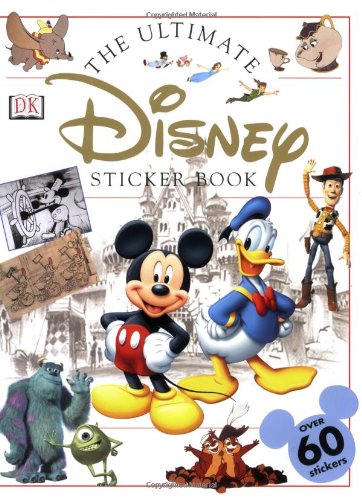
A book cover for Disney: Ultimate Sticker Book (Ultimate Sticker Books); DK Publishing; Children's Books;